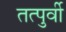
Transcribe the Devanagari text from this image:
तत्पुर्वी